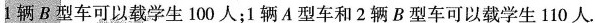
1辆B型车可以载学生100人；1辆A型车和2辆B型车可以载学生110人.